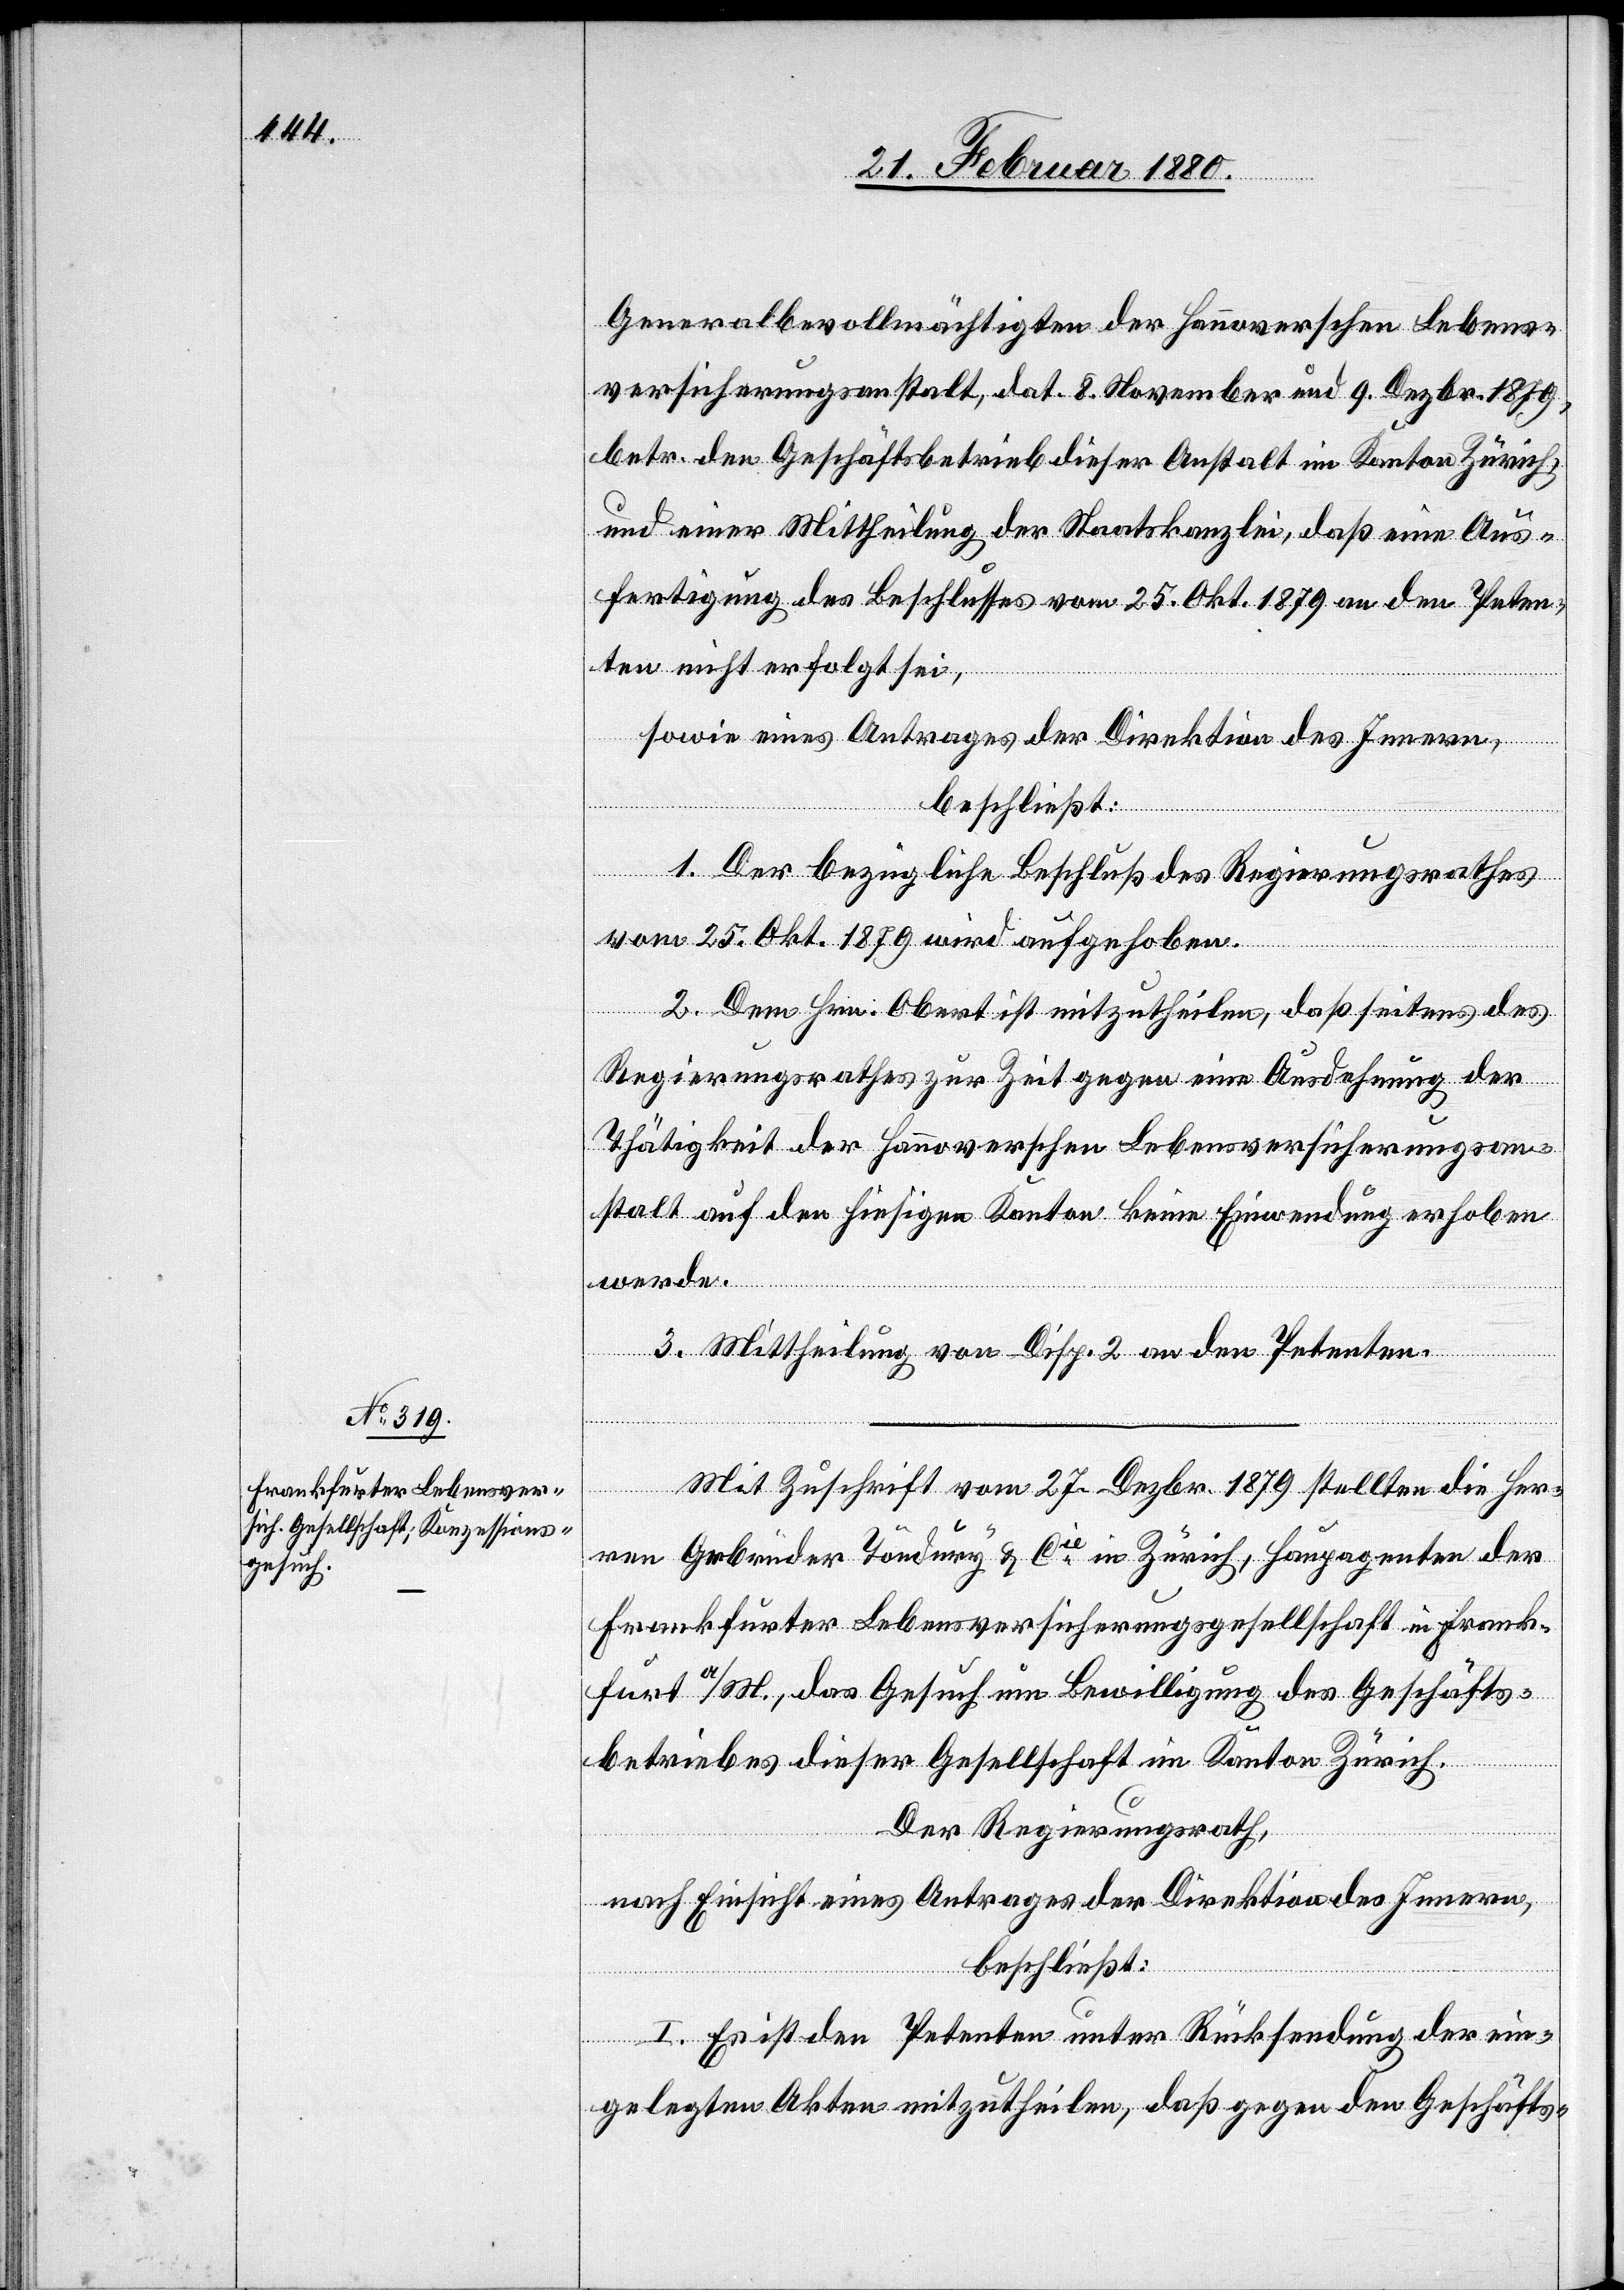
Generalbevollmächtigten der hannoverschen Lebens¬
versicherungsanstalt, dat. 8. November und 9. Dezbr. 1879,
betr. den Geschäftsbetrieb dieser Anstalt im Kanton Zürich,
und einer Mittheilung der Staatskanzlei, daß eine Aus¬
fertigung des Beschlusses vom 25. Okt. 1879 an den Peten¬
ten nicht erfolgt sei,
sowie eines Antrages der Direktion des Innern,
beschließt:
1. Der bezügliche Beschluß des Regierungsrathes
vom 25. Okt. 1879 wird aufgehoben.
2. Dem Hrn. Obert ist mitzutheilen, daß seitens des
Regierungsrathes zur Zeit gegen eine Ausdehnung der
Thätigkeit der hannoverschen Lebensversicherungsan¬
stalt auf den hiesigen Kanton keine Einwendung erhoben
werde.
3. Mittheilung von Disp. 2 an den Petenten.
Mit Zuschrift vom 27. Dezbr. 1879 stellten die Her¬
ren Gebrüder Töndury & Cie in Zürich, Hauptagenten der
Frankfurter Lebensversicherungsgesellschaft in Frank¬
furt a/M., das Gesuch um Bewilligung des Geschäfts¬
betriebes dieser Gesellschaft im Kanton Zürich.
Der Regierungsrath,
nach Einsicht eines Antrages der Direktion des Innern,
beschließt:
I. Es ist den Petenten unter Rücksendung der ein¬
gelegten Akten mitzutheilen, daß gegen den Geschäfts-